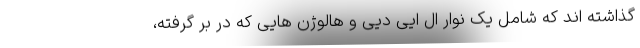
گذاشته اند که شامل یک نوار ال ایی دیی و هالوژن هایی که در بر گرفته،